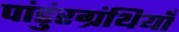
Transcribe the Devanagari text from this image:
पांडुंरग्रंथियाँ